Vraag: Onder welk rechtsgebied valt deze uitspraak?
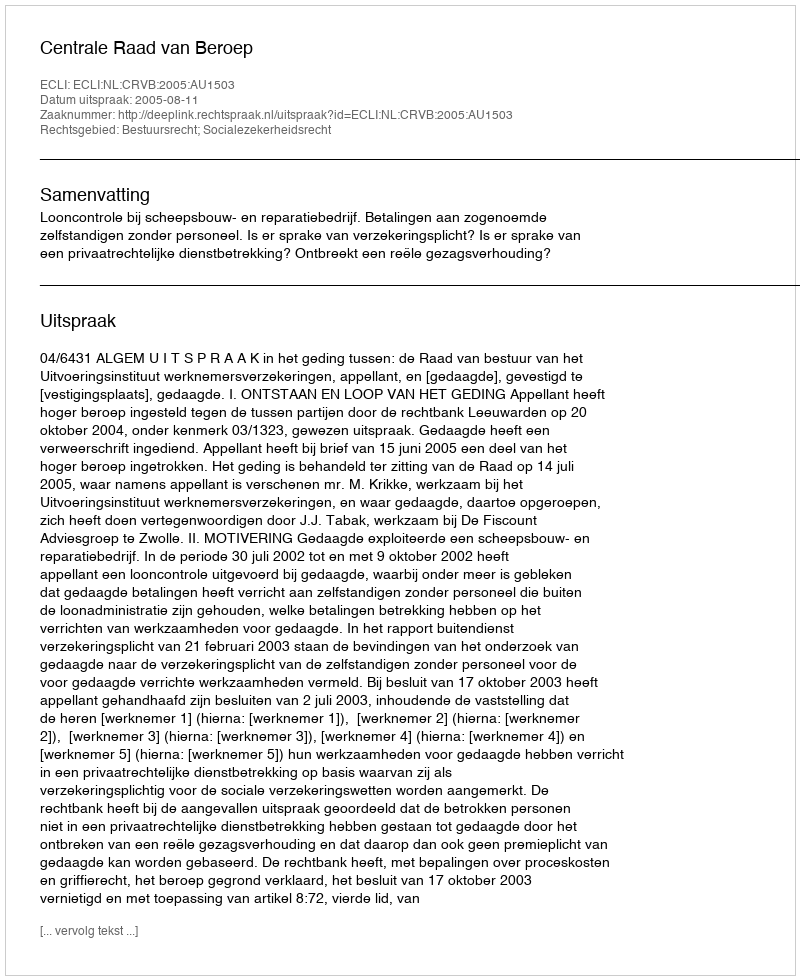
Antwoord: Bestuursrecht; Socialezekerheidsrecht